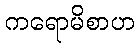
ကရောမိစာဟ